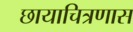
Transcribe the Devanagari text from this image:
छायाचित्रणास